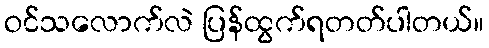
ဝင်သလောက်လဲ ပြန်ထွက်ရတတ်ပါတယ်။